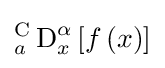
{_{a}^{\text{C}}\operatorname {D} _{x}^{\alpha }}\left[f\left(x\right)\right]